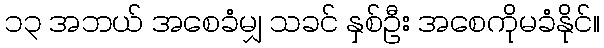
၁၃ အဘယ် အစေခံမျှ သခင် နှစ်ဦး အစေကိုမခံနိုင်။